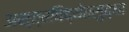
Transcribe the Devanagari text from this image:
अस्त्रविद्येतसुद्धा